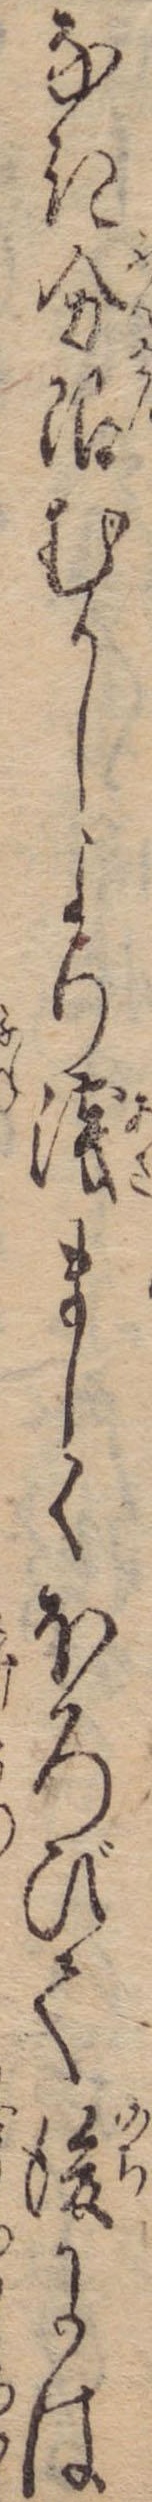
なき分限むかしより浅ましくほろびて後には